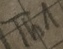
Text: Th1